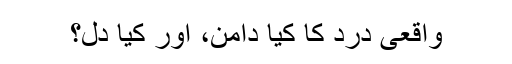
واقعی درد کا کیا دامن، اور کیا دل؟